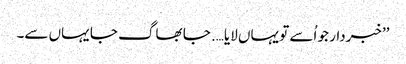
’’خبردار جو اُسے تو یہاں لایا…. جا بھاگ جا یہاں سے۔